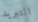
التبريد